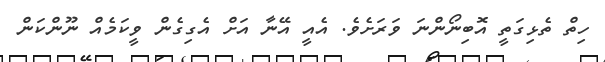
ހިތް ތެޅިގަތީ އޮބިނޯންނަ ވަރަށެވެ. އެއީ އޭނާ އަށް އެގިގެން ވީކަމެއް ނޫންކަން